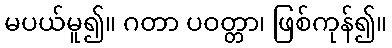
မပယ်မူ၍။ ဂတာ ပဝတ္တာ၊ ဖြစ်ကုန်၍။